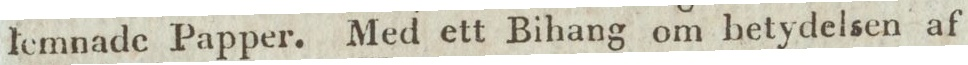
lemnade Papper. Med ett Bihang om betydelsen af